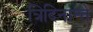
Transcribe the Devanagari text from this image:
त्रिदिनान्ते